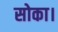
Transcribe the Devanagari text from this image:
सोका।